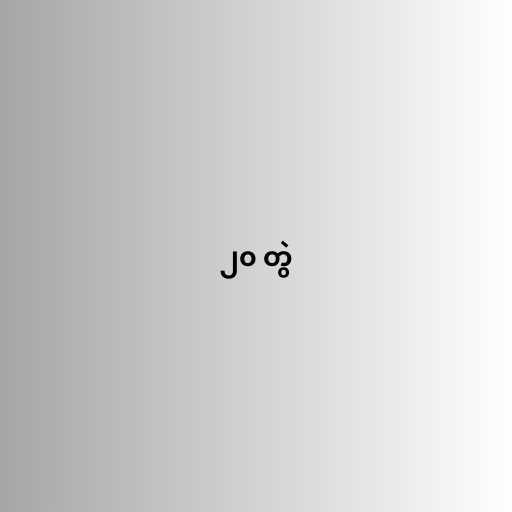
၂၀ တွဲ